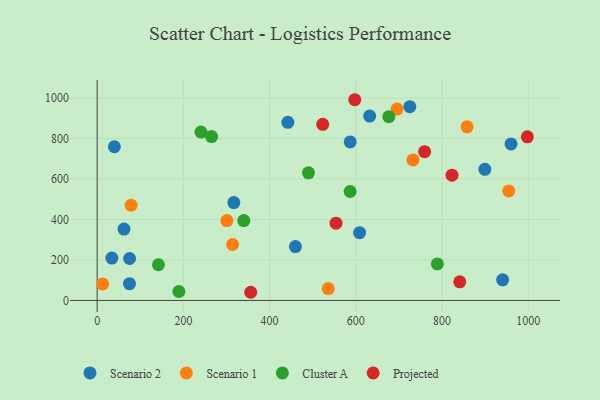
{"axis": {"x": "Distance", "y": "Demand"}, "legend": ["Cluster A", "Projected", "Scenario 1", "Scenario 2"], "data": [{"x": "725.3", "y": 956.9, "type": "Scenario 2"}, {"x": "899.3", "y": 647.2, "type": "Scenario 2"}, {"x": "960.0", "y": 773.0, "type": "Scenario 2"}, {"x": "317.0", "y": 483.2, "type": "Scenario 2"}, {"x": "62.3", "y": 352.6, "type": "Scenario 2"}, {"x": "608.7", "y": 334.6, "type": "Scenario 2"}, {"x": "442.4", "y": 879.5, "type": "Scenario 2"}, {"x": "587.0", "y": 782.8, "type": "Scenario 2"}, {"x": "75.2", "y": 207.1, "type": "Scenario 2"}, {"x": "459.9", "y": 265.8, "type": "Scenario 2"}, {"x": "34.1", "y": 209.2, "type": "Scenario 2"}, {"x": "632.1", "y": 910.2, "type": "Scenario 2"}, {"x": "40.0", "y": 758.8, "type": "Scenario 2"}, {"x": "75.0", "y": 82.6, "type": "Scenario 2"}, {"x": "940.5", "y": 101.6, "type": "Scenario 2"}, {"x": "314.1", "y": 276.1, "type": "Scenario 1"}, {"x": "858.1", "y": 857.1, "type": "Scenario 1"}, {"x": "12.7", "y": 81.7, "type": "Scenario 1"}, {"x": "695.7", "y": 945.0, "type": "Scenario 1"}, {"x": "301.0", "y": 394.3, "type": "Scenario 1"}, {"x": "78.7", "y": 470.6, "type": "Scenario 1"}, {"x": "954.6", "y": 540.6, "type": "Scenario 1"}, {"x": "536.1", "y": 58.6, "type": "Scenario 1"}, {"x": "732.5", "y": 693.6, "type": "Scenario 1"}, {"x": "676.5", "y": 907.5, "type": "Cluster A"}, {"x": "265.4", "y": 808.9, "type": "Cluster A"}, {"x": "340.1", "y": 394.2, "type": "Cluster A"}, {"x": "240.8", "y": 831.6, "type": "Cluster A"}, {"x": "490.1", "y": 630.0, "type": "Cluster A"}, {"x": "189.6", "y": 44.2, "type": "Cluster A"}, {"x": "142.2", "y": 176.2, "type": "Cluster A"}, {"x": "586.8", "y": 537.8, "type": "Cluster A"}, {"x": "789.1", "y": 180.5, "type": "Cluster A"}, {"x": "523.2", "y": 869.6, "type": "Projected"}, {"x": "597.6", "y": 991.1, "type": "Projected"}, {"x": "841.1", "y": 92.1, "type": "Projected"}, {"x": "356.2", "y": 40.3, "type": "Projected"}, {"x": "823.1", "y": 618.6, "type": "Projected"}, {"x": "554.1", "y": 381.3, "type": "Projected"}, {"x": "997.9", "y": 808.1, "type": "Projected"}, {"x": "759.6", "y": 734.7, "type": "Projected"}]}